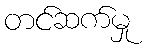
တင်ဆက်မှု